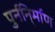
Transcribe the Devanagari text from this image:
पुर्ननि्र्माण